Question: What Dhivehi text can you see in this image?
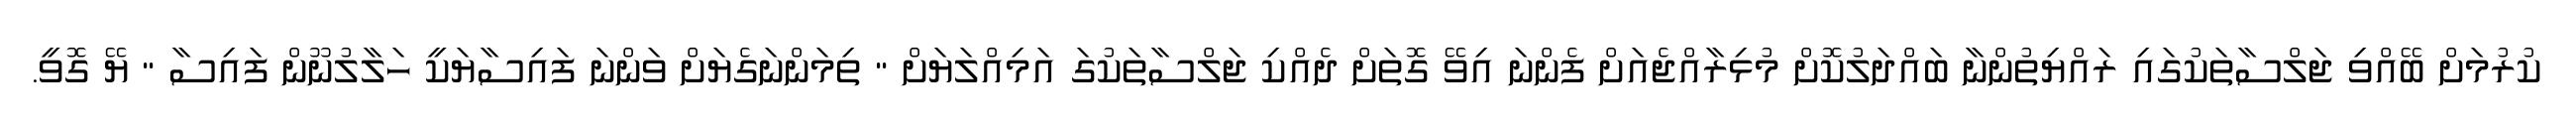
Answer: ކުރުމަށް ބޭއްވި ޖަލްސާތަކުގައި ރައްޔިތުންނާ ބައްދަލުކޮށް މުޅިރާއްޖެއަށް ފެންނަ އިވޭ ގޮތަށް ދެއްކި ޖަލްސާތަކުގަ އަމިއްލަޔަށް " ތިމަންނަގެޔަށް ވަންނަ ފައިސާޔަކީ ހަލާލުނޫން ފައިސާ " ޔޭ ގޮވީ.